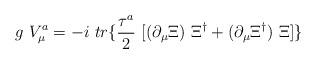
LaTeX: \begin{align*}g~V_\mu^a = -i~tr\{ \frac{\tau^a}{2} ~[(\partial_\mu \Xi)~\Xi^\dag + (\partial_\mu \Xi^\dag)~\Xi]\}\end{align*}